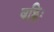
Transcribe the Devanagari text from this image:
षड्भिः